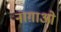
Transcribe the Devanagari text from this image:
नाग़ाओ